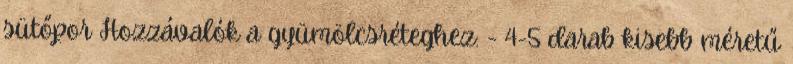
sütőpor Hozzávalók a gyümölcsréteghez: - 4-5 darab kisebb méretű